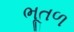
ભૂતળ